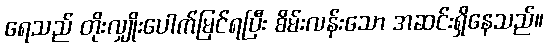
ရေသည် တိုးလျှိုးပေါက်မြင်ရပြီး စိမ်းလန်းသော အဆင်းရှိနေသည်။